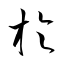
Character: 於